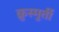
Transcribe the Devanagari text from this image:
क्रुस्मुर्ती